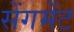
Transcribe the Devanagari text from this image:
सेंगमेंट